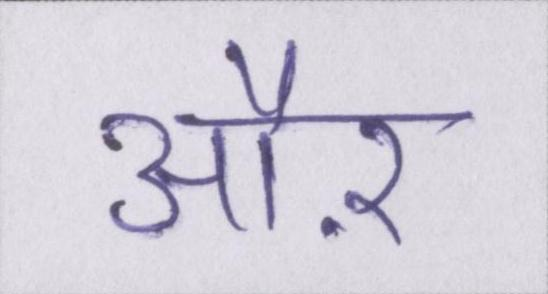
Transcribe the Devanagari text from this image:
औऱ